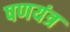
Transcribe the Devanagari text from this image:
षणयंत्र